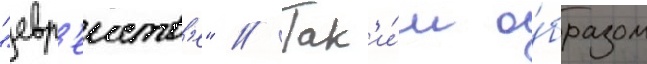
"евр'еиств'е" // Так'и́м о́бразом